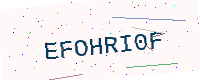
Text: EFOHRI0F